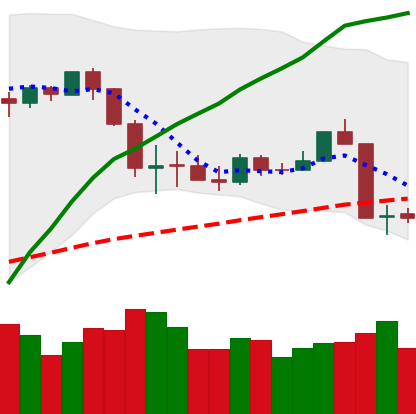
Ticker: ETH-USD
Chart end date: 2020-03-10
Forward return: -37.632%
Label: down_7plus